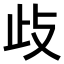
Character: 𭭛